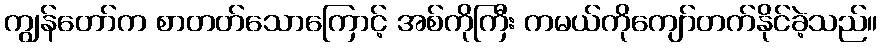
ကျွန်တော်က စာတတ်သောကြောင့် အစ်ကိုကြီး ကမယ်ကိုကျော်တက်နိုင်ခဲ့သည်။